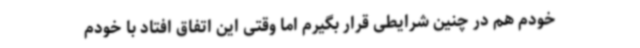
خودم هم در چنین شرایطی قرار بگیرم اما وقتی این اتفاق افتاد با خودم